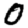
Digit: 0